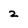
Character: 2